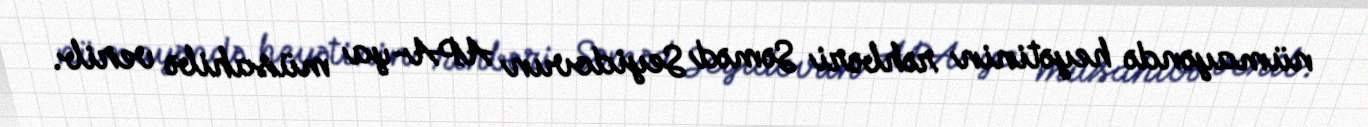
nümayəndə heyətinin rəhbəri Səməd Seyidovun APA-ya müsahibə verib.